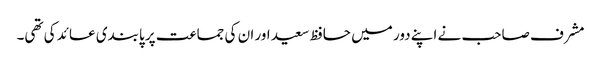
مشرف صاحب نے اپنے دور میں حافظ سعید اور ان کی جماعت پر پابندی عائد کی تھی۔